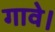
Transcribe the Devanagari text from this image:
गावे।